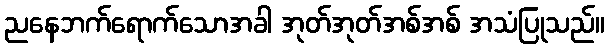
ညနေဘက်ရောက်သောအခါ အုတ်အုတ်အစ်အစ် အသံပြုသည်။